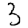
Digit: 3